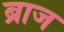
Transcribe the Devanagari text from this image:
ब्राज